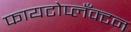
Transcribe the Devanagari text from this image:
फायटोप्लँक्टन